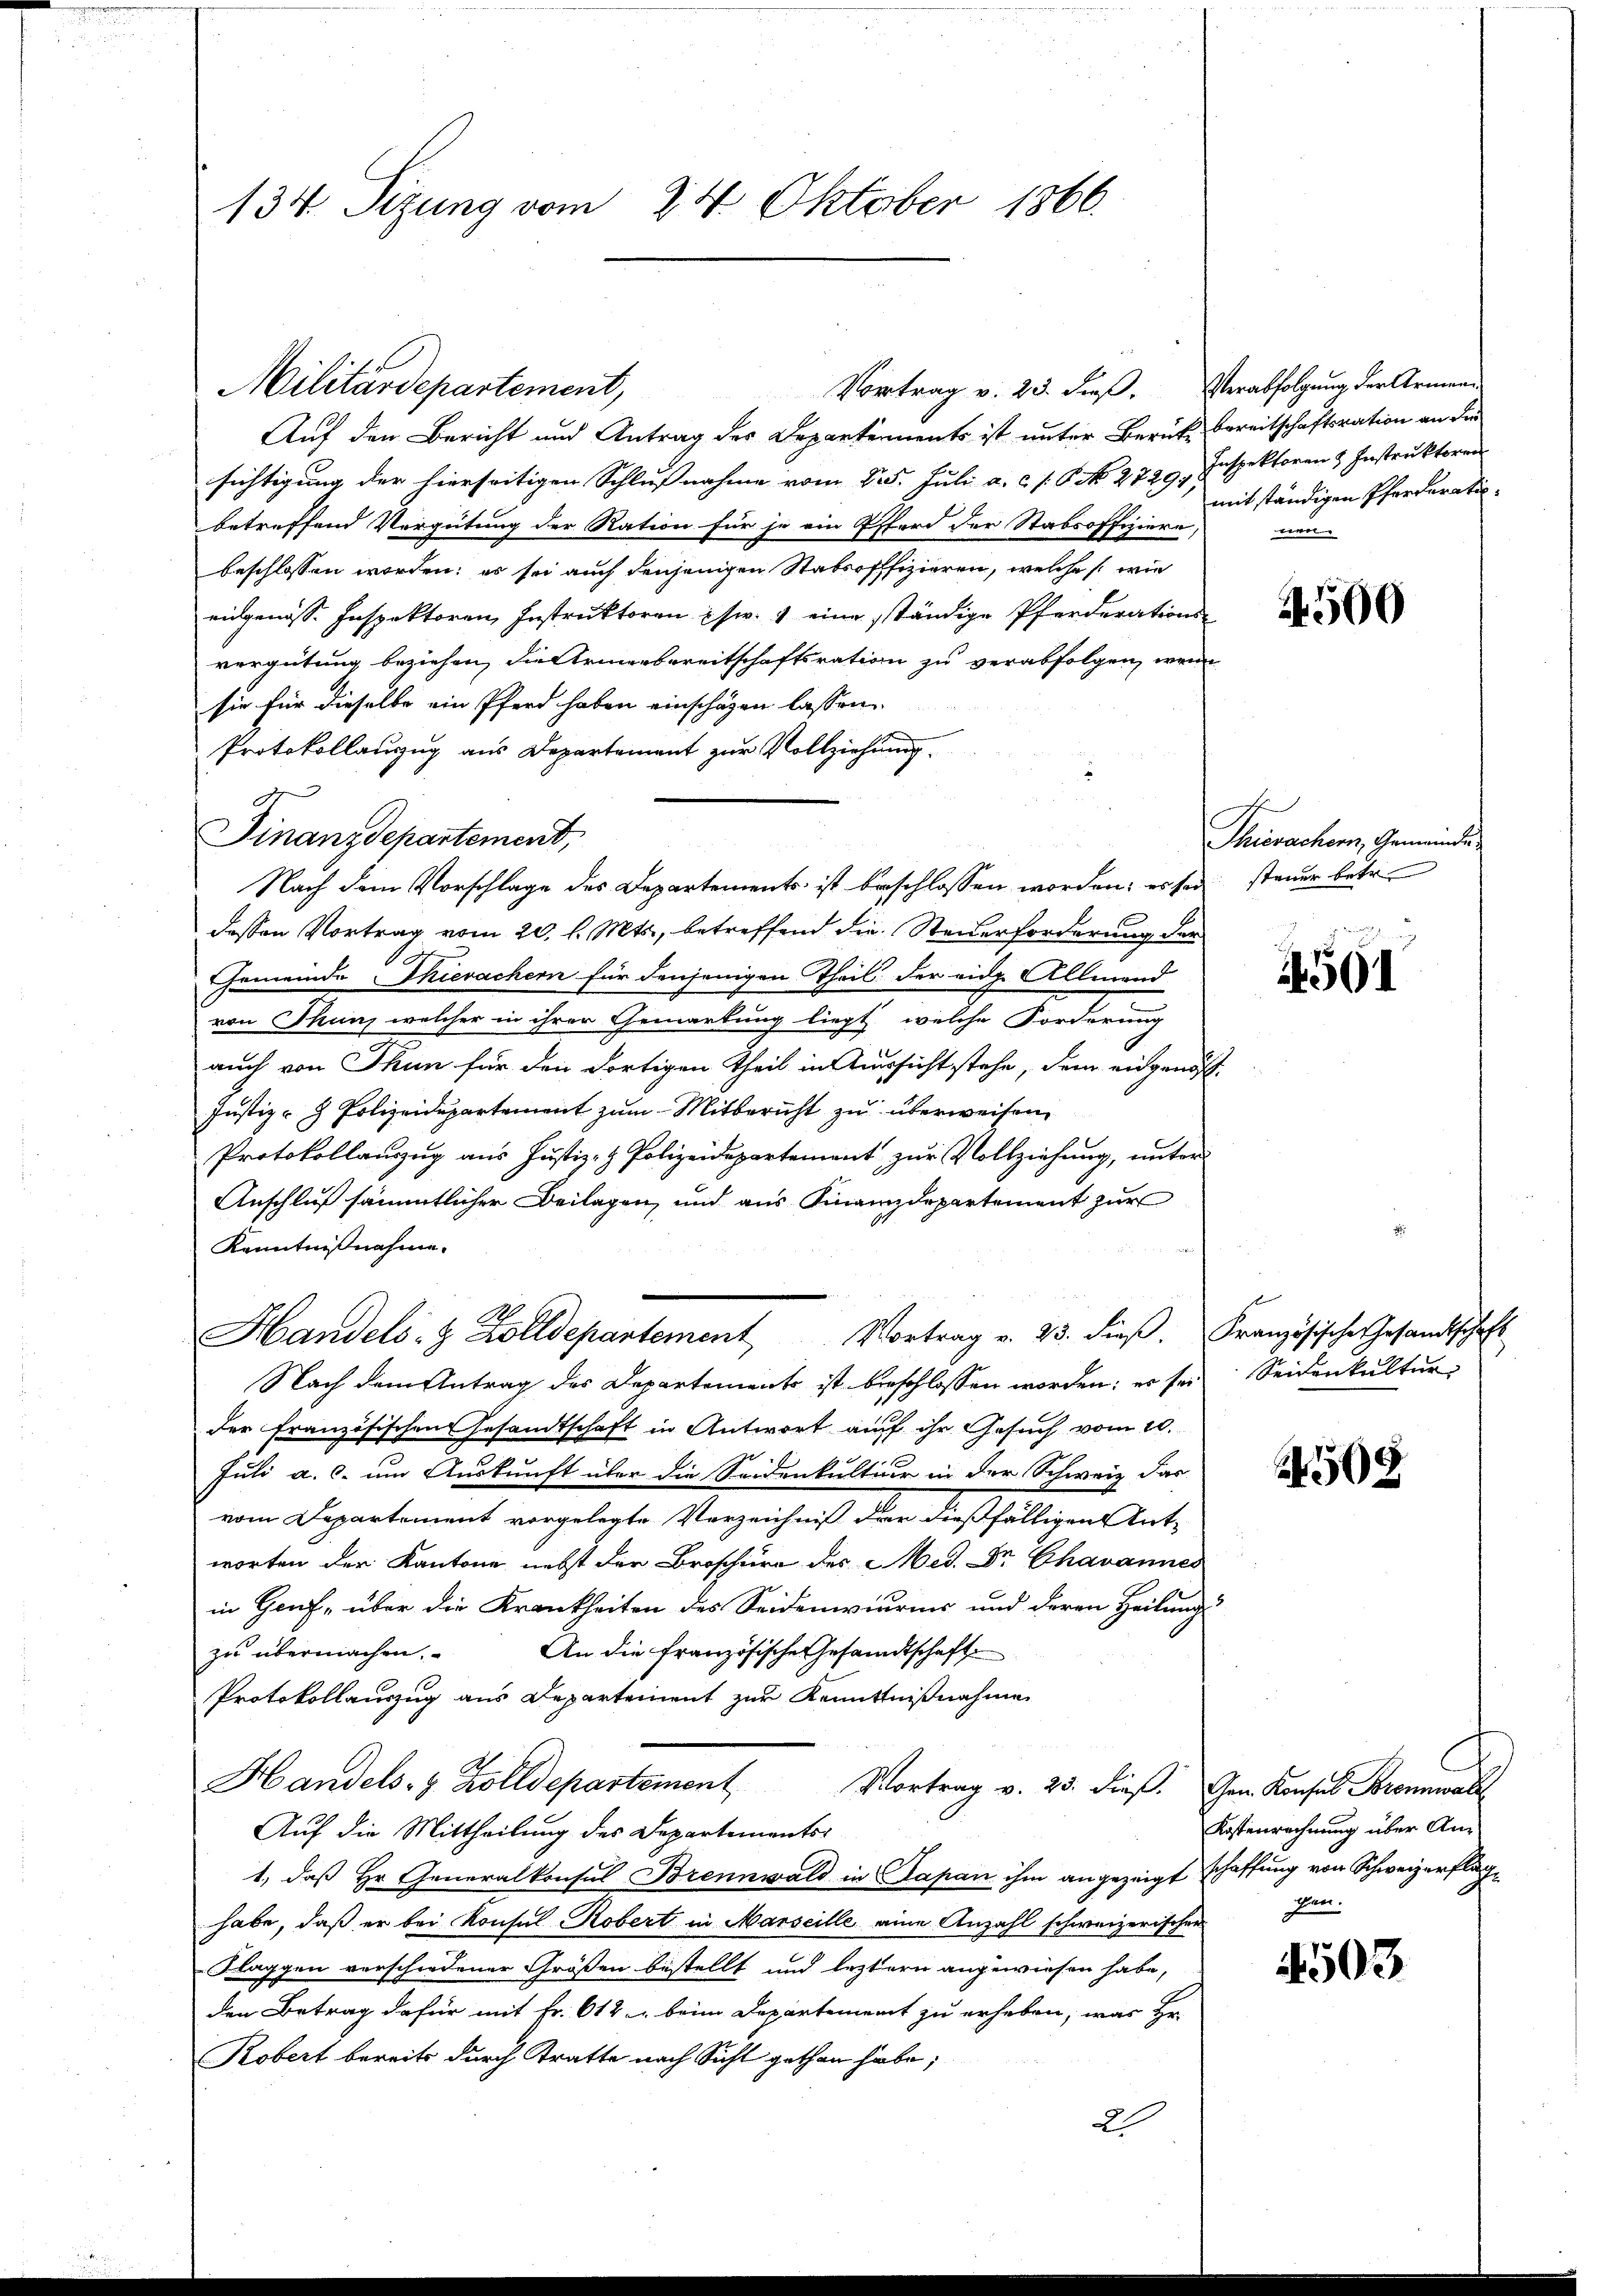
134 Sizung vom 24. Oktober 1866.

Auf den Bericht und Antrag des Departements ist unter Berück bereitschaftsration an die
sichtigung der hierseitigen Schlußnahme vom 25. Juli a. c. f. 6. No. 27291,
betreffend Vergütung der Ration für je ein Pferd der Stabsoffiziere,
beschlossen worden; es sei auch denjenigen Stabsoffizieren, welches wie
eidgenöss. Inspektoren Instruktoren usw. 1 eine ständige Pferderations-
vergütung beziehen, die Armenbereitschaftsration zu verabfolgen, wenn
sie für dieselbe ein Pferd haben einschagen lassen
Protokollanzug aus Departement zur Vollziehung.
Finanzdepartement,
Nach dem Vorschlage des Departements ist beschlossen worden; es sei
dessen Vortrag vom 20. d. Mts., betreffend die Steuerforderung der
Gemeinde Thievachern für denjenigen Theil der eidg. Allmend
von Thun, welcher in ihrer Gemarkung liegt, welche Forderung
auch von Thun für den dortigen Theil in Aussicht stehe, dem eidgenös¬
Justiz- & Polizeidepartement zum Mitbericht zu überweisen,
Protokollauszug aus Justiz- & Polizeidepartement zur Vollziehung, unter
Anschluß sämmtlicher Beilagen, und aus Finanzdepartement zur
Kenntnißnahme.
Handels- & Zolldepartement Vortrag v. 25. dieβ. Französische Gesandtschaft
Nach dem Antrag des Departements ist beschlossen worden: es sei
der französischen Gesandtschaft in Antwort auf ihr Gesuch vom 10.
Juli a. c. um Auskunft über die Seidenkultier in der Schweiz das
vom Departement vorgelegte Verzeichniß der dießfälligen Antworten der Kantone nebst der Broschüre des Med. Dr Chavannes
in Hauf, über die Krankheiten des Seidenwiurnis und deren Heilung
zu übermachen. An die französische Gesandtschaft
Protokollauszug aus Departement zur Kenntnißnahme
Handels- & Zolldepartement
Vortrag v. 23. dieβ. Gen. Konsul Brennwalt
Auf die Mittheilung des Departements-
1, daß Hr. Generalkonsul Brennwald in Papan ihm angezeigt schaffung von Schweizerflag
habe, daß er bei Konsul-Robert in Marseille eine Anzahl schweizerischen
Flaggen verschiedener Größen bestellt und leztern angewiesen habe,
den Betrag dafür mit Fr. 612 beim Departement zu erheben, was Hr.
Kobert bereits durch Tratte nach Sicht gethan habe;
2

Militärdepartement,

Vortrag v. 25. dieß. Verabfolgung der Armen

Inspektoren & Instruktoren
mit ständigen Pferderatiwen

4500

Thierachen, Gemeinde
steuer betr.

4501

Seidenkultur.

2508

Kostenrechnung über Anzen.

4503